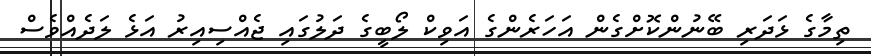
ތިމާގެ ޅަދަރި ބޭނުންކޮށްގެން އަހަރެންގެ އަވިކް ލޯބީގެ ދަލުގައި ޖެއްސިއިރު އަޅެ ލަދެއްވެސް